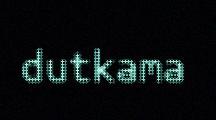
dutkama